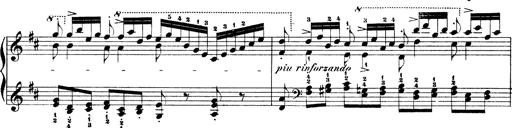
Title: Illustrations de l'opÃ©ra L'Africaine
Composer: Franz Liszt